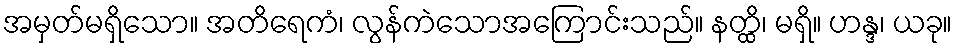
အမှတ်မရှိသော။ အတိရေကံ၊ လွန်ကဲသောအကြောင်းသည်။ နတ္ထိ၊ မရှိ။ ဟန္ဒ၊ ယခု။